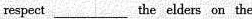
respect ___ the elders on the